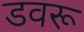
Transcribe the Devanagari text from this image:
डवरू